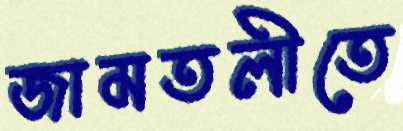
জামতলীতে